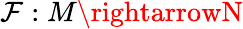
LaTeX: \mathcal{F}:M\rightarrowN